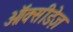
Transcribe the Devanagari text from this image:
ऑक्सीडेज़